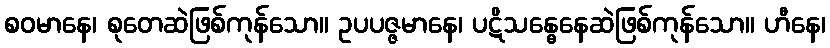
စဝမာနေ၊ စုတေဆဲဖြစ်ကုန်သော။ ဥပပဇ္ဇမာနေ၊ ပဋိသန္ဓေနေဆဲဖြစ်ကုန်သော။ ဟီနေ၊